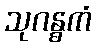
သုဂန္ဓကံ